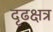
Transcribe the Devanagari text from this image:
दृढक्षत्र